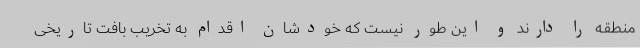
منطقه را دارند و این طور نیست که خودشان اقدام به تخریب بافت تاریخی